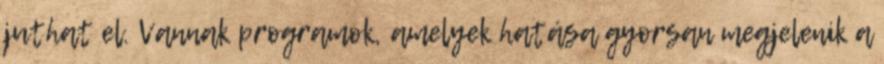
juthat el. Vannak programok, amelyek hatása gyorsan megjelenik a